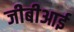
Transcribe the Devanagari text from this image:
जीबीआई